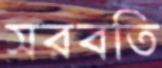
সরবতি